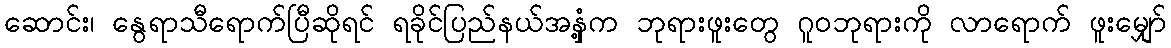
ဆောင်း၊ နွေရာသီရောက်ပြီဆိုရင် ရခိုင်ပြည်နယ်အနှံ့က ဘုရားဖူးတွေ ဂူဝဘုရားကို လာရောက် ဖူးမျှော်